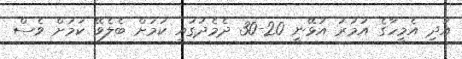
އަދި އެމީހާގެ އުމުރު އުޅޭނީ 20-30 ދެމެދުގައި ކަމަށް ބެލެވޭ ކަމަށް ވެސް